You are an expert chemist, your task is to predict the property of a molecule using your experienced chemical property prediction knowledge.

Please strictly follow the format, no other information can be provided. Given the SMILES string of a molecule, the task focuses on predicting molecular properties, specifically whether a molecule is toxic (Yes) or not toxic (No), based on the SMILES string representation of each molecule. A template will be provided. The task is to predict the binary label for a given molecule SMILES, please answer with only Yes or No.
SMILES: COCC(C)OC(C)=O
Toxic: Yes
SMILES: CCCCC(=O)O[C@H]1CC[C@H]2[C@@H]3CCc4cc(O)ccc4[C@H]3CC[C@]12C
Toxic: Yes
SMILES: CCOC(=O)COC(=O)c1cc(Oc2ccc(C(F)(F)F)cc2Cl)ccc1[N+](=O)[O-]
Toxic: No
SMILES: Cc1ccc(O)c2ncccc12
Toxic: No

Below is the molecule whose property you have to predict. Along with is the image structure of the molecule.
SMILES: CO/N=C(\C(=O)N[C@@H]1C(=O)N2C(C(=O)[O-])=C(C[n+]3ccc(N)n3CCO)CS[C@H]12)c1csc(N)n1
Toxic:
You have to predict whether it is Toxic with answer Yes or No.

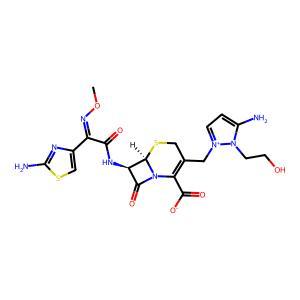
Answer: No